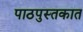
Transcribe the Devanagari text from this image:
पाठपुस्तकात